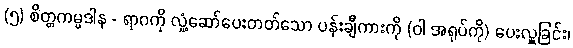
(၅) စိတ္တကမ္မဒါန - ရာဂကို လှုံ့ဆော်ပေးတတ်သော ပန်းချီကားကို (ဝါ အရုပ်ကို) ပေးလှူခြင်း၊